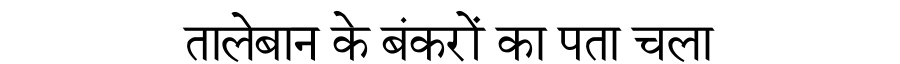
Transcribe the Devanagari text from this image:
तालेबान के बंकरों का पता चला